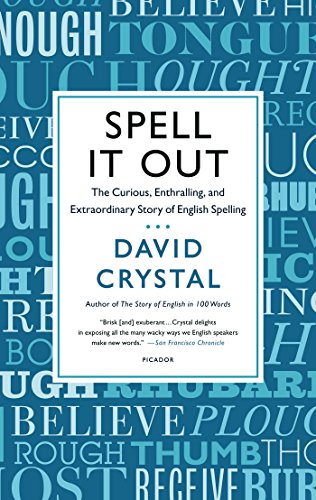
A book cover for Spell It Out: The Curious, Enthralling, and Extraordinary Story of English Spelling; David Crystal; Reference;